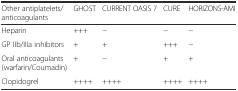
<table><thead><tr><td><b>Other antiplatelets/anticoagulants</b></td><td><b>GHOST</b></td><td><b>CURRENT OASIS 7</b></td><td><b>CURE</b></td><td><b>HORIZONS-AMI</b></td></tr></thead><tbody><tr><td>Heparin</td><td>+++</td><td>−</td><td>−</td><td>−</td></tr><tr><td>GP IIb/IIIa inhibitors</td><td>+</td><td>+</td><td>+++</td><td>−</td></tr><tr><td>Oral anticoagulants (warfarin/Coumadin)</td><td>+</td><td>−</td><td>+</td><td>+</td></tr><tr><td>Clopidogrel</td><td>++++</td><td>++++</td><td>++++</td><td>++++</td></tr></tbody></table>